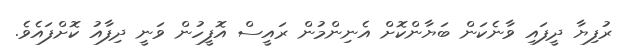
ރުފިޔާ ދީފައި ވާނެކަން ބަޔާންކޮށް އެނިންމުން ރައީސް އޮފީހުން ވަނީ ދިފާއު ކޮށްފައެވެ.